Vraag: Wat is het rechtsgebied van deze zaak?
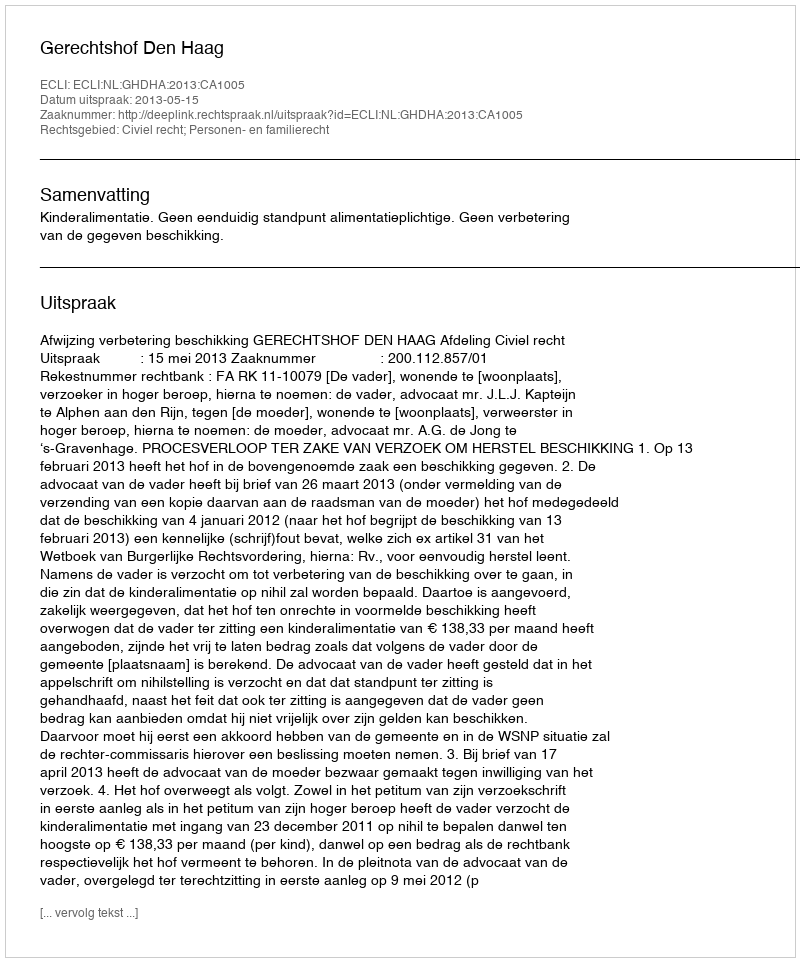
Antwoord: Civiel recht; Personen- en familierecht